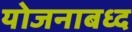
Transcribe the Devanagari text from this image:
योजनाबध्द